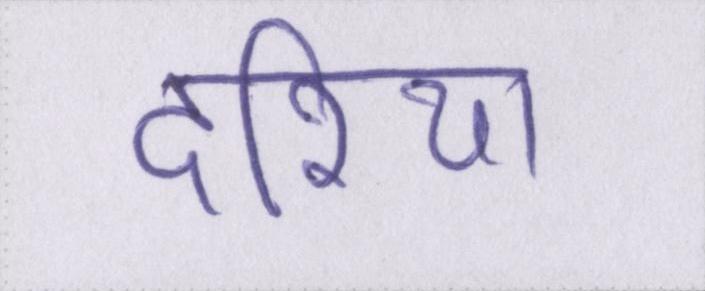
दरिया